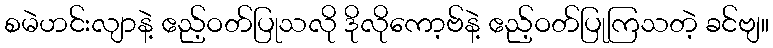
စမဲဟင်းလျာနဲ့ ဧည့်ဝတ်ပြုသလို ဒိုလိုကော့ဗ်နဲ့ ဧည့်ဝတ်ပြုကြသတဲ့ ခင်ဗျ။